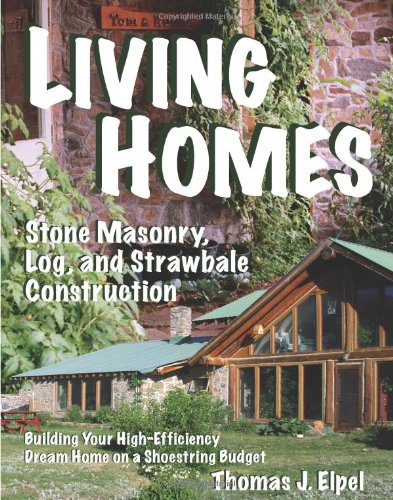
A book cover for Living Homes: Stone Masonry, Log, and Strawbale Construction; Thomas J. Elpel; Crafts, Hobbies & Home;